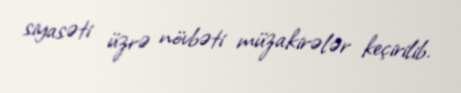
siyasəti üzrə növbəti müzakirələr keçirilib.